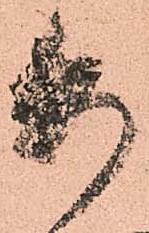
委